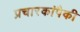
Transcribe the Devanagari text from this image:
प्रचारकांपैकी